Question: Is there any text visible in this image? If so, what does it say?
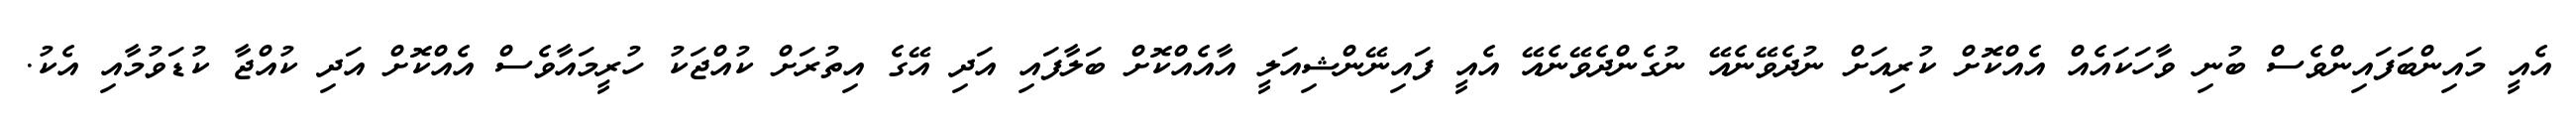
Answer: އެއީ މައިންބަފައިންވެސް ބުނި ވާހަކައެއް އެއްކޮށް ކުރިއަށް ނުދެވޭނެއޭ ނުގެންދެވޭނެއޭ އެއީ ފައިނޭންޝިއަލީ އާއެއްކޮށް ބަލާފައި އަދި އޭގެ އިތުރަށް ކުއްޖަކު ހުރީމައާވެސް އެއްކޮށް އަދި ކުއްޖާ ކުޑަވުމާއި އެކު.